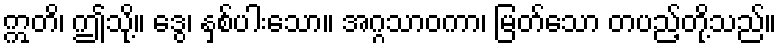
ဣတိ၊ ဤသို့။ ဒွေ၊ နှစ်ပါးသော။ အဂ္ဂသာဝကာ၊ မြတ်သော တပည့်တို့သည်။